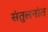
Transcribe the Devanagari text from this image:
संतुलनांत